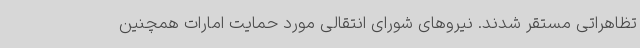
تظاهراتی مستقر شدند. نیروهای شورای انتقالی مورد حمایت امارات همچنین